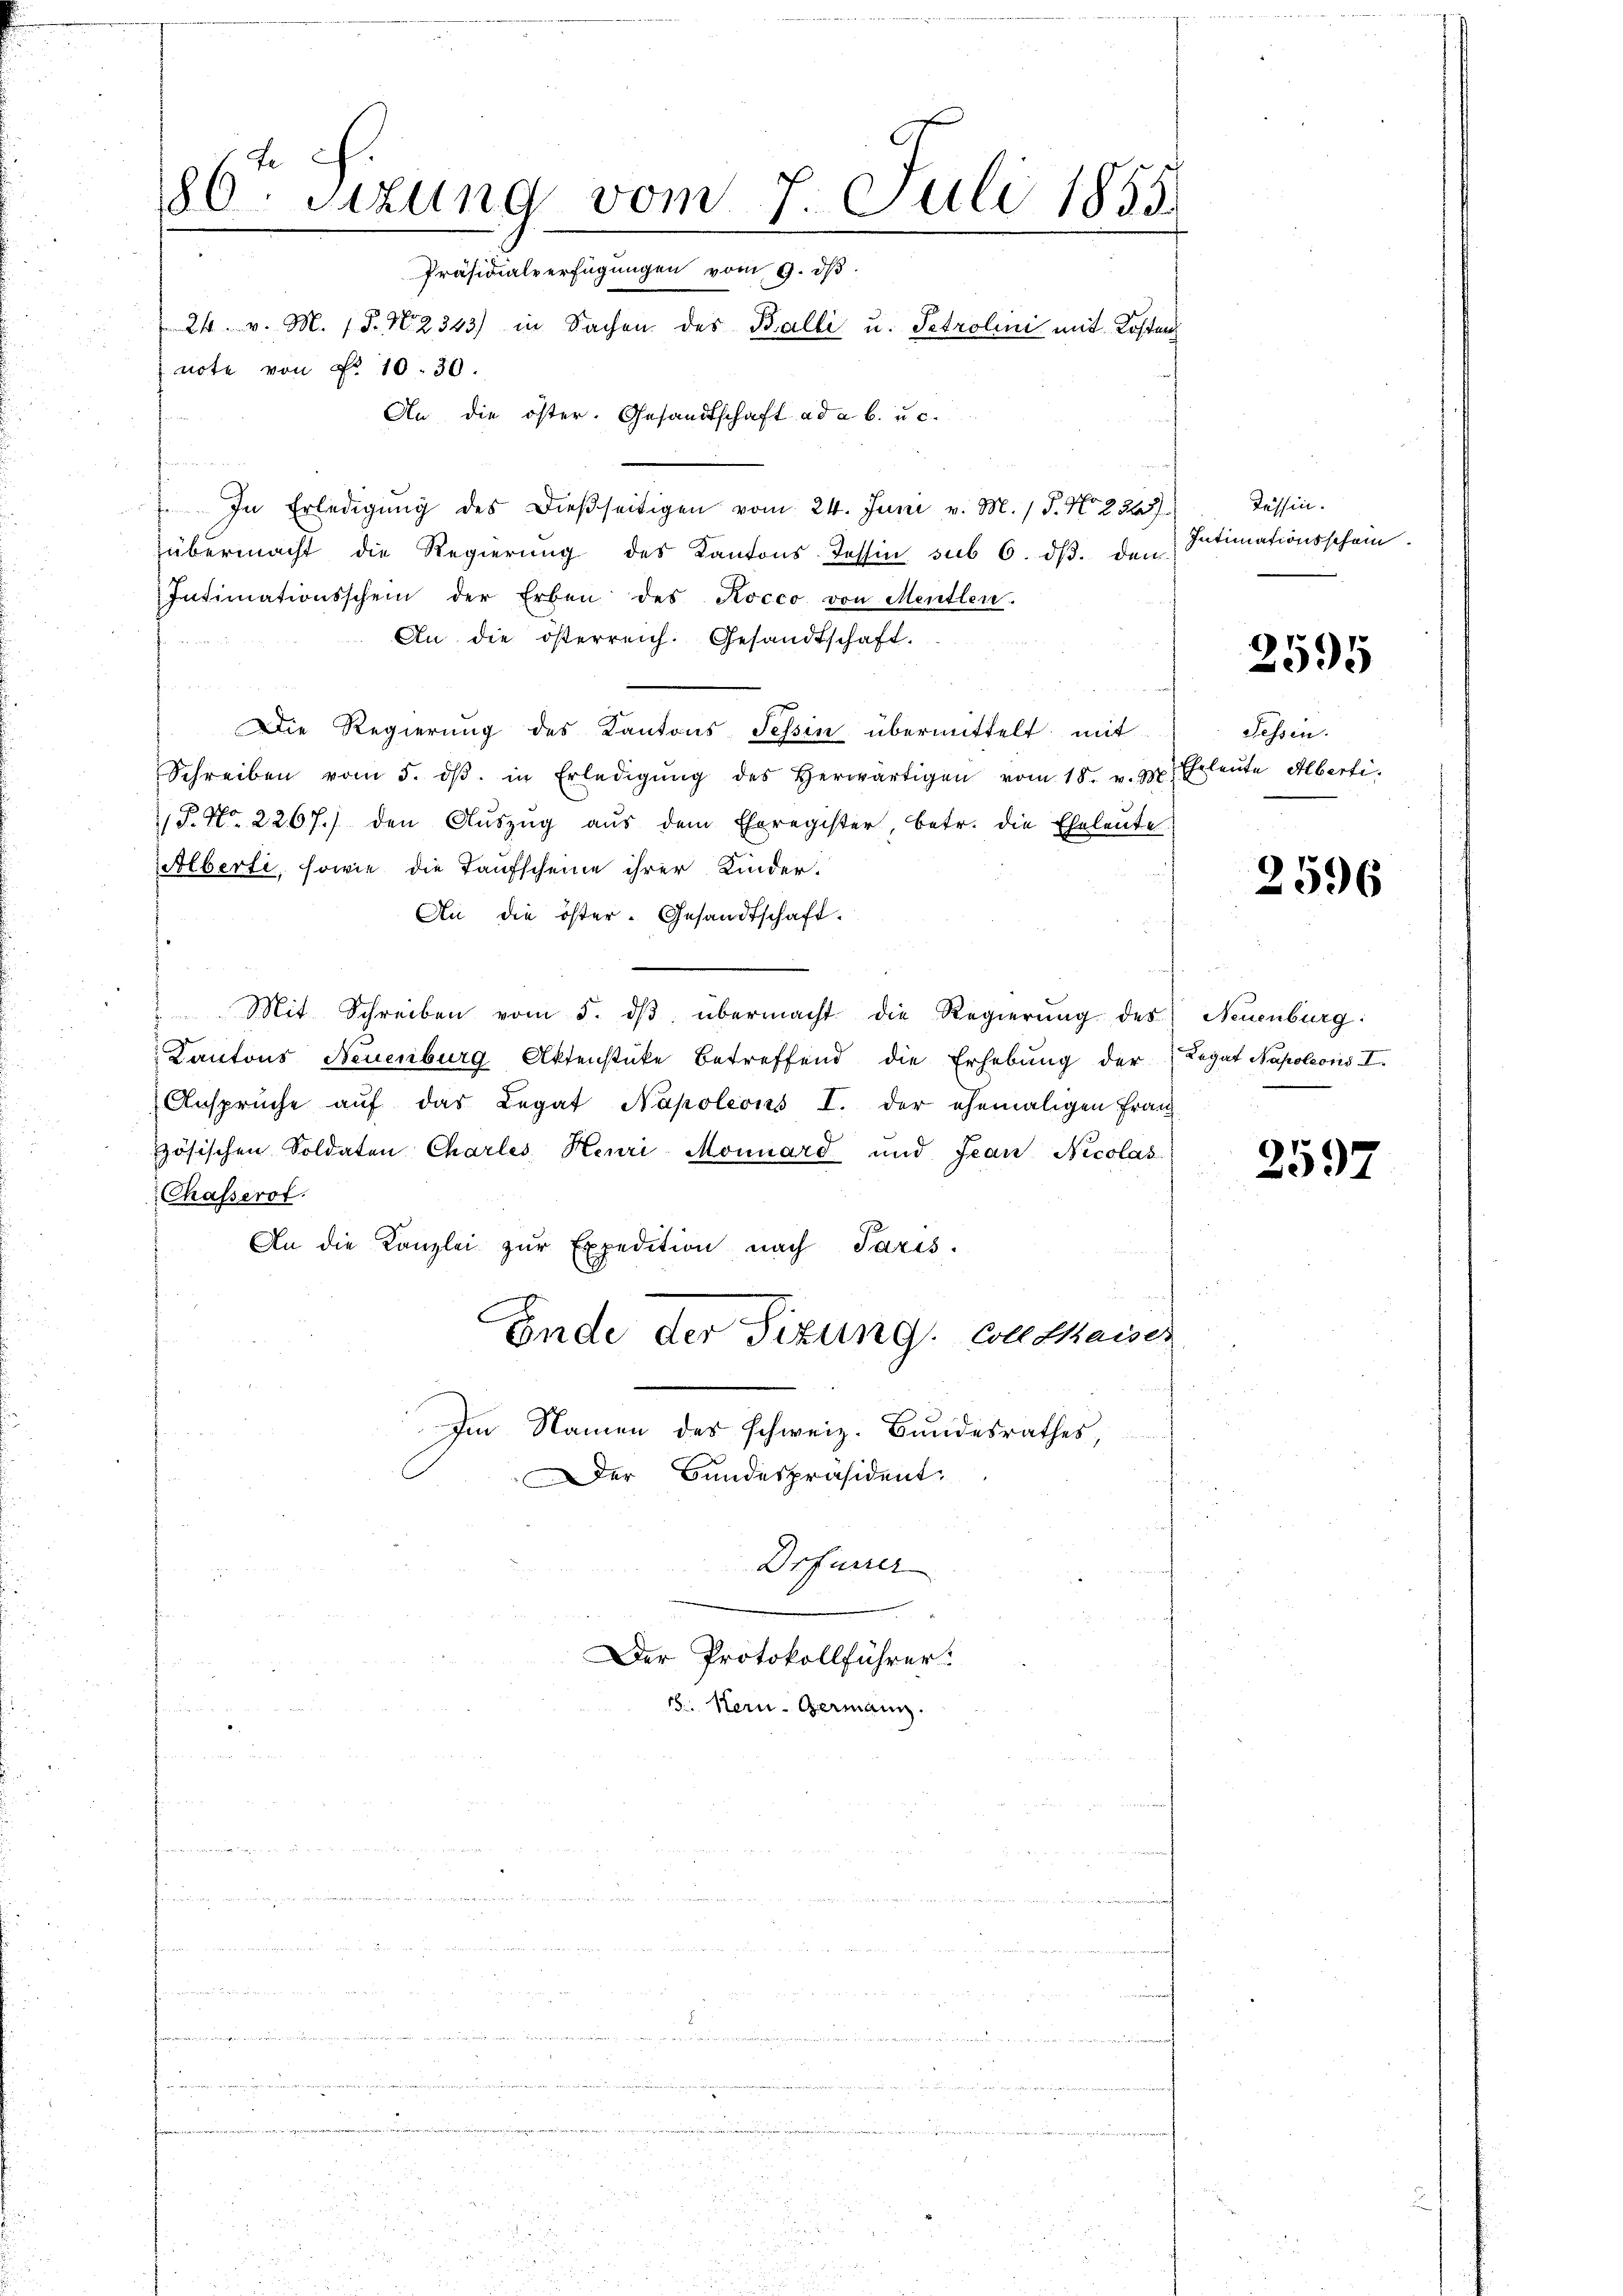
80. Sizung vom 7. Juli 1855.
Präsidialverfügungen vom 9. dβ.
24. v. M. (T. N. 343) in Sachen des Balli u. Petrolini mit Kosten
note von Nr. 10. 30.
An die öster. Gesandtschaft ad a. b. u. c.
 In Erledigŭng des dießseitigen vom 24. Juni v. M. / 5. No. 2265)

übermacht die Regierung des Kantons Tessin sub 6. dβ. dem
Intimationsschein der Erben des Kocco von Mentlen.
An die österreich. Gesandtschaft.
Die Regierung des Kantons Tessin übermittelt mit
Schreiben vom 5. dβ. in Erledigŭng des herwärtigen vom 18. u. 3. Erleŭte Alberti.
P. Nr. 2267.) den Aŭszŭg aŭs dem Eheregister, betr. die Eheleute
Alberti, sowie die Taufscheine ihrer Kinder-
An die öster-Gesandtschaft.
Mit Schreiben vom 5. dβ übermacht die Regierŭng des
Kantons Neuenburg Aktenstücke betreffend die Erhebung der Legat Napoleonis I.
Ansprüche aŭf das Legat Napoleons I. der ehemaligen Fran
zösischen Soldaten Charles Henri Monnard und Jean Nicolas
Chasserof
An die Kanzlei zŭr Expedition nach Paris.
Ende der Situng. Coll thaiser
Im Namen des schweiz. Bundesrathes,
Der Bundespräsident

Drfurrer
Der Protokollführer
18 Kern- Germann.

Tessin.
Intimationsschein.

2595

Sessen.

2596

Neuenburg:

2597